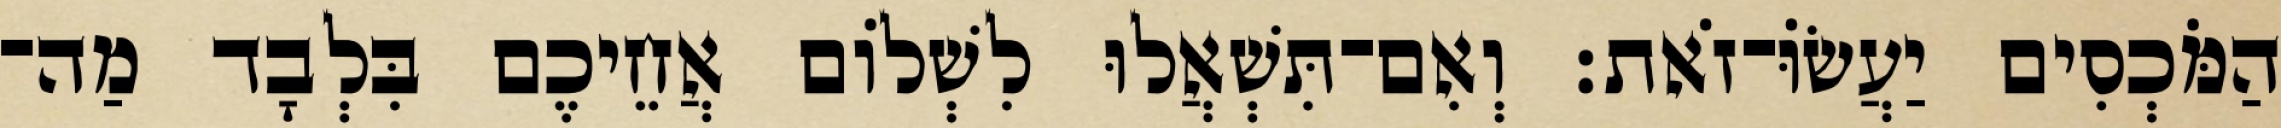
הַמֹּכְסִים יַעֲשׂוֹּ־זֹאת׃ וְאִם־תִּשְׁאֲלוּ לִשְׁלוֹם אֲחֵיכֶם בִּלְבָד מַה־